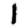
Digit: 1